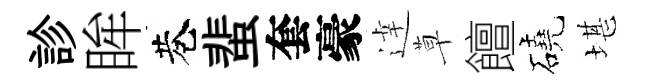
診眸巷蜚套豪逹草饘磽堪